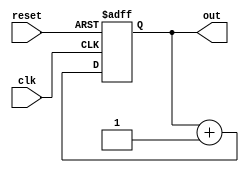
module counter(input clk, reset, output [3:0] out);
	
	// 4-bit up counter
	reg out;
	always @ (posedge clk, posedge reset)
	begin
		if(!reset)
			out <= out + 4'b0001;
			// out <= out + 4'b0010;
		else
			out = 4'b0000;
	end	

endmodule